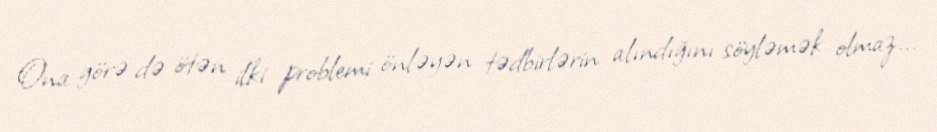
Ona görə də ötən ilki problemi önləyən tədbirlərin alındığını söyləmək olmaz...